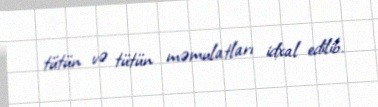
tütün və tütün məmulatları idxal edilib.